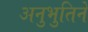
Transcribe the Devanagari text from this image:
अनुभुतिने